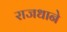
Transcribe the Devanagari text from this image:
राजधाने